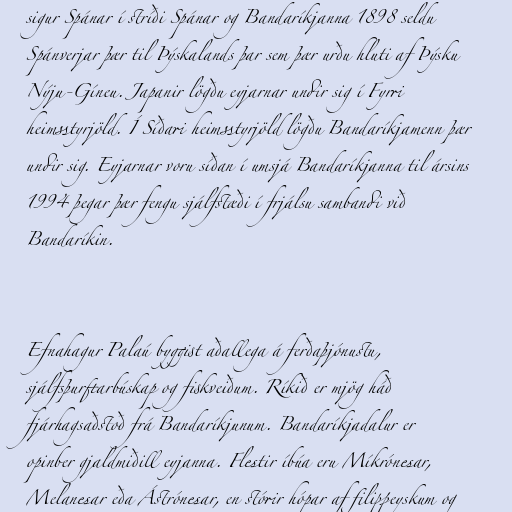
sigur Spánar í stríði Spánar og Bandaríkjanna 1898 seldu
Spánverjar þær til Þýskalands þar sem þær urðu hluti af Þýsku
Nýju-Gíneu. Japanir lögðu eyjarnar undir sig í Fyrri
heimsstyrjöld. Í Síðari heimsstyrjöld lögðu Bandaríkjamenn þær
undir sig. Eyjarnar voru síðan í umsjá Bandaríkjanna til ársins
1994 þegar þær fengu sjálfstæði í frjálsu sambandi við
Bandaríkin.

Efnahagur Palaú byggist aðallega á ferðaþjónustu,
sjálfsþurftarbúskap og fiskveiðum. Ríkið er mjög háð
fjárhagsaðstoð frá Bandaríkjunum. Bandaríkjadalur er
opinber gjaldmiðill eyjanna. Flestir íbúa eru Míkrónesar,
Melanesar eða Ástrónesar, en stórir hópar af filippeyskum og